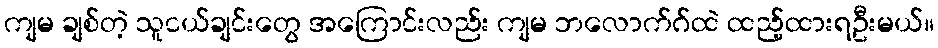
ကျမ ချစ်တဲ့ သူငယ်ချင်းတွေ အကြောင်းလည်း ကျမ ဘလောက်ဂ်ထဲ ထည့်ထားရဦးမယ်။